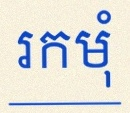
រកមុំ